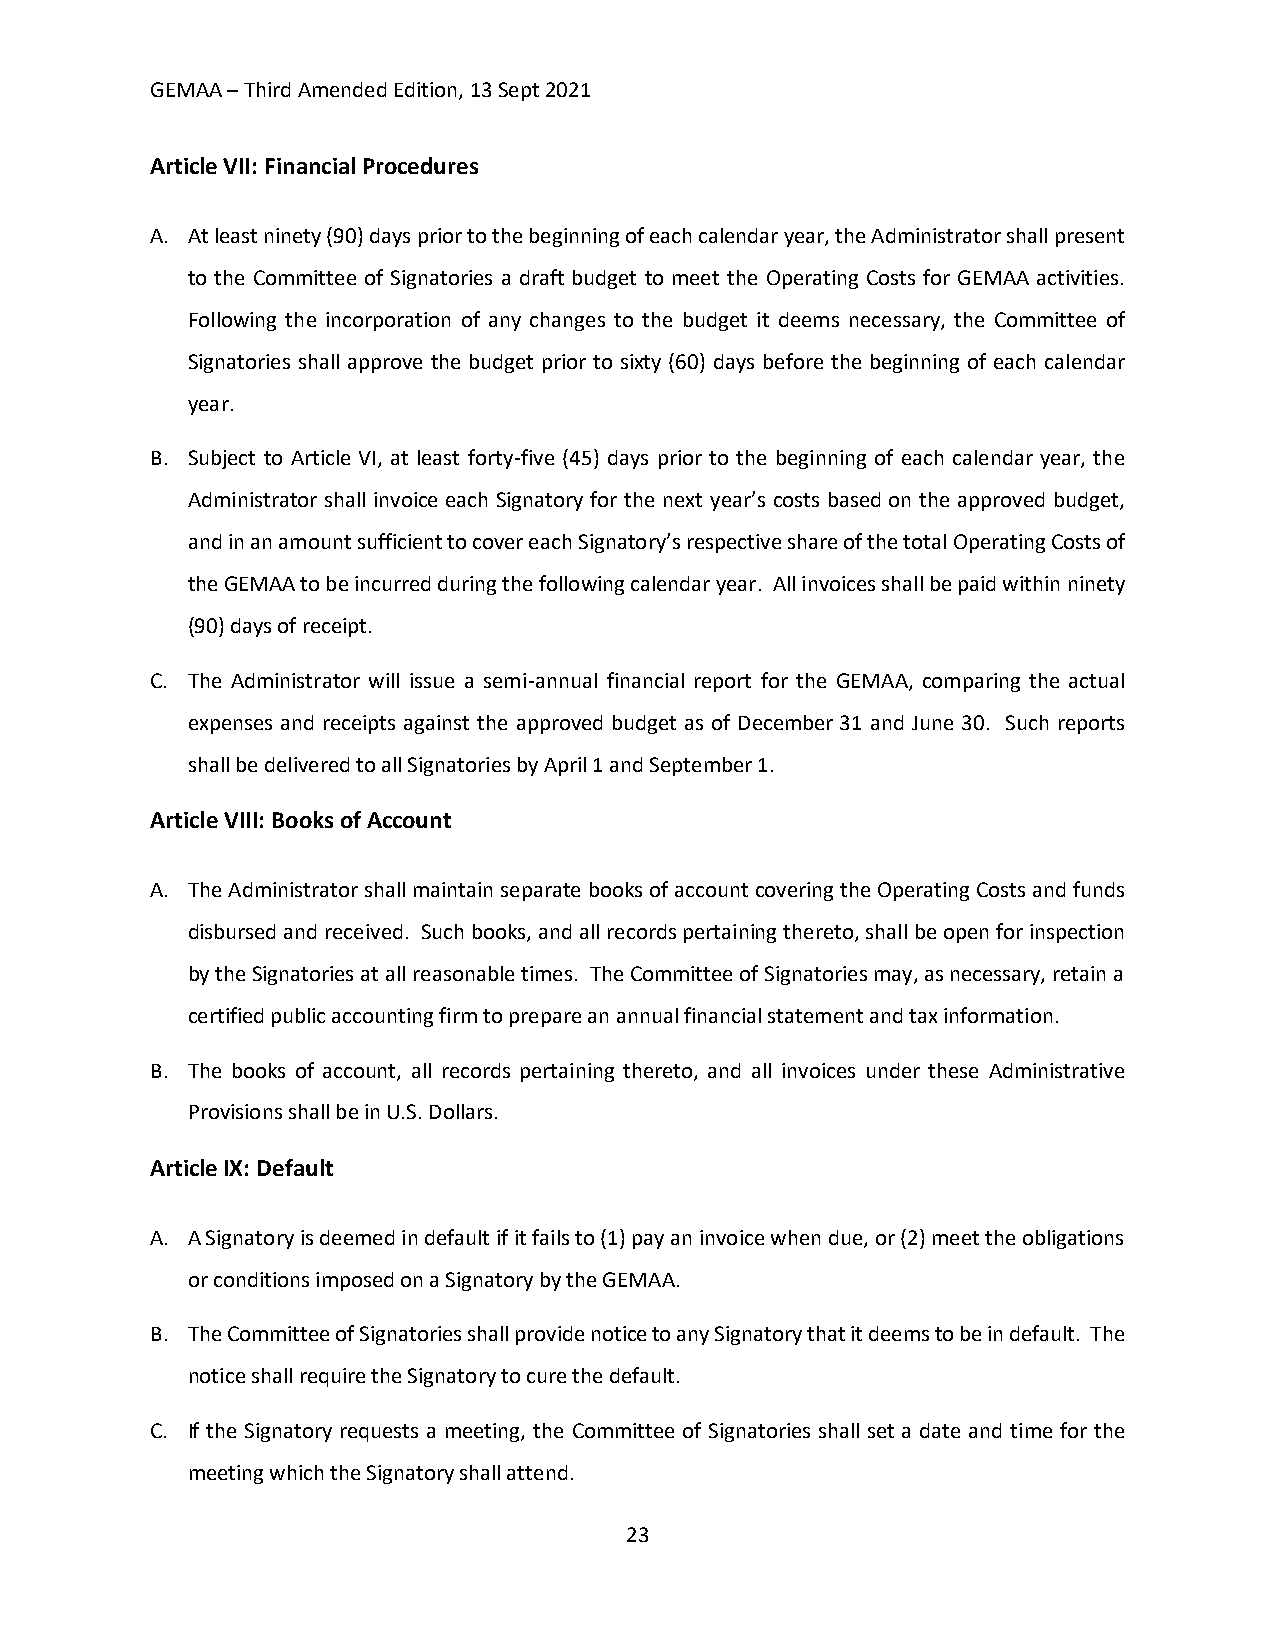
GEMAA – Third Amended Edition, 13 Sept 2021
 Article VII: Financial Procedures
 A. At least ninety (90) days prior to the beginning of each calendar year, the Administrator shall present
 to the Committee of Signatories a draft budget to meet the Operating Costs for GEMAA activities.
 Following the incorporation of any changes to the budget it deems necessary, the Committee of
 Signatories shall approve the budget prior to sixty (60) days before the beginning of each calendar
 year.
 B. Subject to Article VI, at least forty-five (45) days prior to the beginning of each calendar year, the
 Administrator shall invoice each Signatory for the next year’s costs based on the approved budget,
 and in an amount sufficient to cover each Signatory’s respective share of the total Operating Costs of
 the GEMAA to be incurred during the following calendar year. All invoices shall be paid within ninety
 (90) days of receipt.
 C. The Administrator will issue a semi-annual financial report for the GEMAA, comparing the actual
 expenses and receipts against the approved budget as of December 31 and June 30. Such reports
 shall be delivered to all Signatories by April 1 and September 1.
 Article VIII: Books of Account
 A. The Administrator shall maintain separate books of account covering the Operating Costs and funds
 disbursed and received. Such books, and all records pertaining thereto, shall be open for inspection
 by the Signatories at all reasonable times. The Committee of Signatories may, as necessary, retain a
 certified public accounting firm to prepare an annual financial statement and tax information.
 B. The books of account, all records pertaining thereto, and all invoices under these Administrative
 Provisions shall be in U.S. Dollars.
 Article IX: Default
 A. A Signatory is deemed in default if it fails to (1) pay an invoice when due, or (2) meet the obligations
 or conditions imposed on a Signatory by the GEMAA.
 B. The Committee of Signatories shall provide notice to any Signatory that it deems to be in default. The
 notice shall require the Signatory to cure the default.
 C. If the Signatory requests a meeting, the Committee of Signatories shall set a date and time for the
 meeting which the Signatory shall attend.
 23